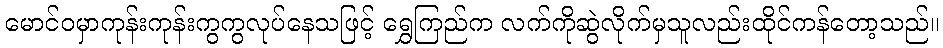
မောင်ဝမှာကုန်းကုန်းကွကွလုပ်နေသဖြင့် ရွှေကြည်က လက်ကိုဆွဲလိုက်မှသူလည်းထိုင်ကန်တော့သည်။